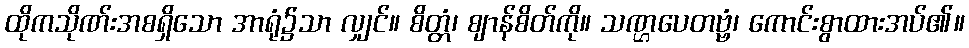
ထိုကသိုဏ်းအစရှိသော အာရုံ၌သာ လျှင်။ စိတ္တံ၊ ဈာန်စိတ်ကို။ သဏ္ဌပေတဗ္ဗံ၊ ကောင်းစွာထားအပ်၏။